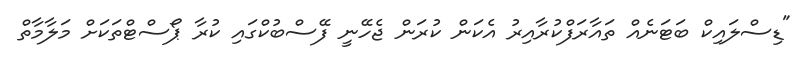
"ޑިސްލައިކް ބަޓަނެއް ތައާރަފްކުރާއިރު އެކަން ކުރަން ޖެހޭނީ ފޭސްބުކްގައި ކުރާ ޕޯސްޓްތަކަށް މަލާމާތް